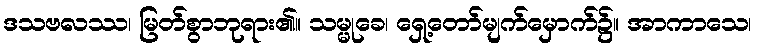
ဒသဗလဿ၊ မြတ်စွာဘုရား၏။ သမ္မုခေ၊ ရှေ့တော်မျက်မှောက်၌။ အာကာသေ၊